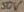
Text: 50V